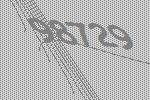
98729